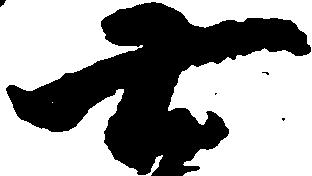
七